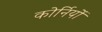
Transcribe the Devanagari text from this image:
कोर्नियों